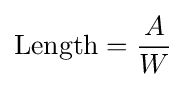
{\text{Length}}={\frac {A}{W}}